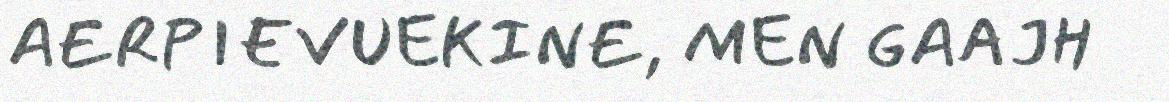
AERPIEVUEKINE, MEN GAAJH